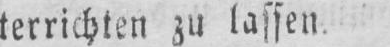
terrichten zu lassen.